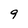
Character: 9